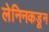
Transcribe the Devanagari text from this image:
लेनिनकडून